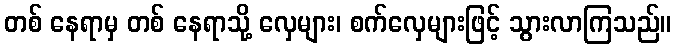
တစ် နေရာမှ တစ် နေရာသို့ လှေများ၊ စက်လှေများဖြင့် သွားလာကြသည်။